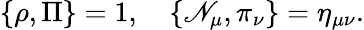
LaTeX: \{ \rho,\Pi\} =1,\quad\{ \mathscr{N}_{\mu},\pi_{\nu}\} =\eta_{\mu\nu}.